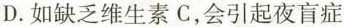
D.如缺乏维生素C，会引起夜盲症